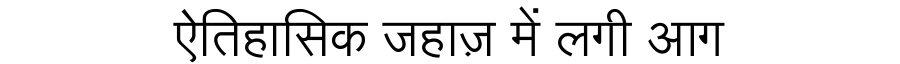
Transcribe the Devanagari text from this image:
ऐतिहासिक जहाज़ में लगी आग